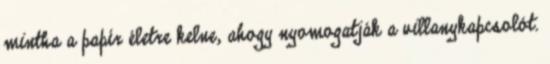
mintha a papír életre kelne, ahogy nyomogatják a villanykapcsolót.